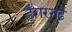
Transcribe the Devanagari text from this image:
डुँगरगढ